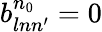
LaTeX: b_{lnn^{\prime}}^{n_{0}}=0